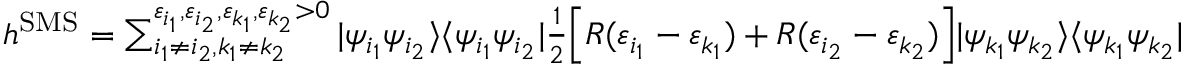
\begin{array} { r } { h ^ { \mathrm { S M S } } = \sum _ { i _ { 1 } \neq i _ { 2 } , k _ { 1 } \neq k _ { 2 } } ^ { \varepsilon _ { i _ { 1 } } , \varepsilon _ { i _ { 2 } } , \varepsilon _ { k _ { 1 } } , \varepsilon _ { k _ { 2 } } > 0 } | \psi _ { i _ { 1 } } \psi _ { i _ { 2 } } \rangle \langle \psi _ { i _ { 1 } } \psi _ { i _ { 2 } } | \frac { 1 } { 2 } \Big [ R ( \varepsilon _ { i _ { 1 } } - \varepsilon _ { k _ { 1 } } ) + R ( \varepsilon _ { i _ { 2 } } - \varepsilon _ { k _ { 2 } } ) \Big ] | \psi _ { k _ { 1 } } \psi _ { k _ { 2 } } \rangle \langle \psi _ { k _ { 1 } } \psi _ { k _ { 2 } } | \, , } \end{array}